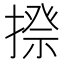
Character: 𢲉